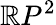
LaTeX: \mathbb{R}P^{2}